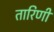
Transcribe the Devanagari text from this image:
तारिणीं